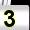
Digit: 3